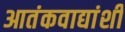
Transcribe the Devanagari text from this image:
आतंकवाद्यांशी